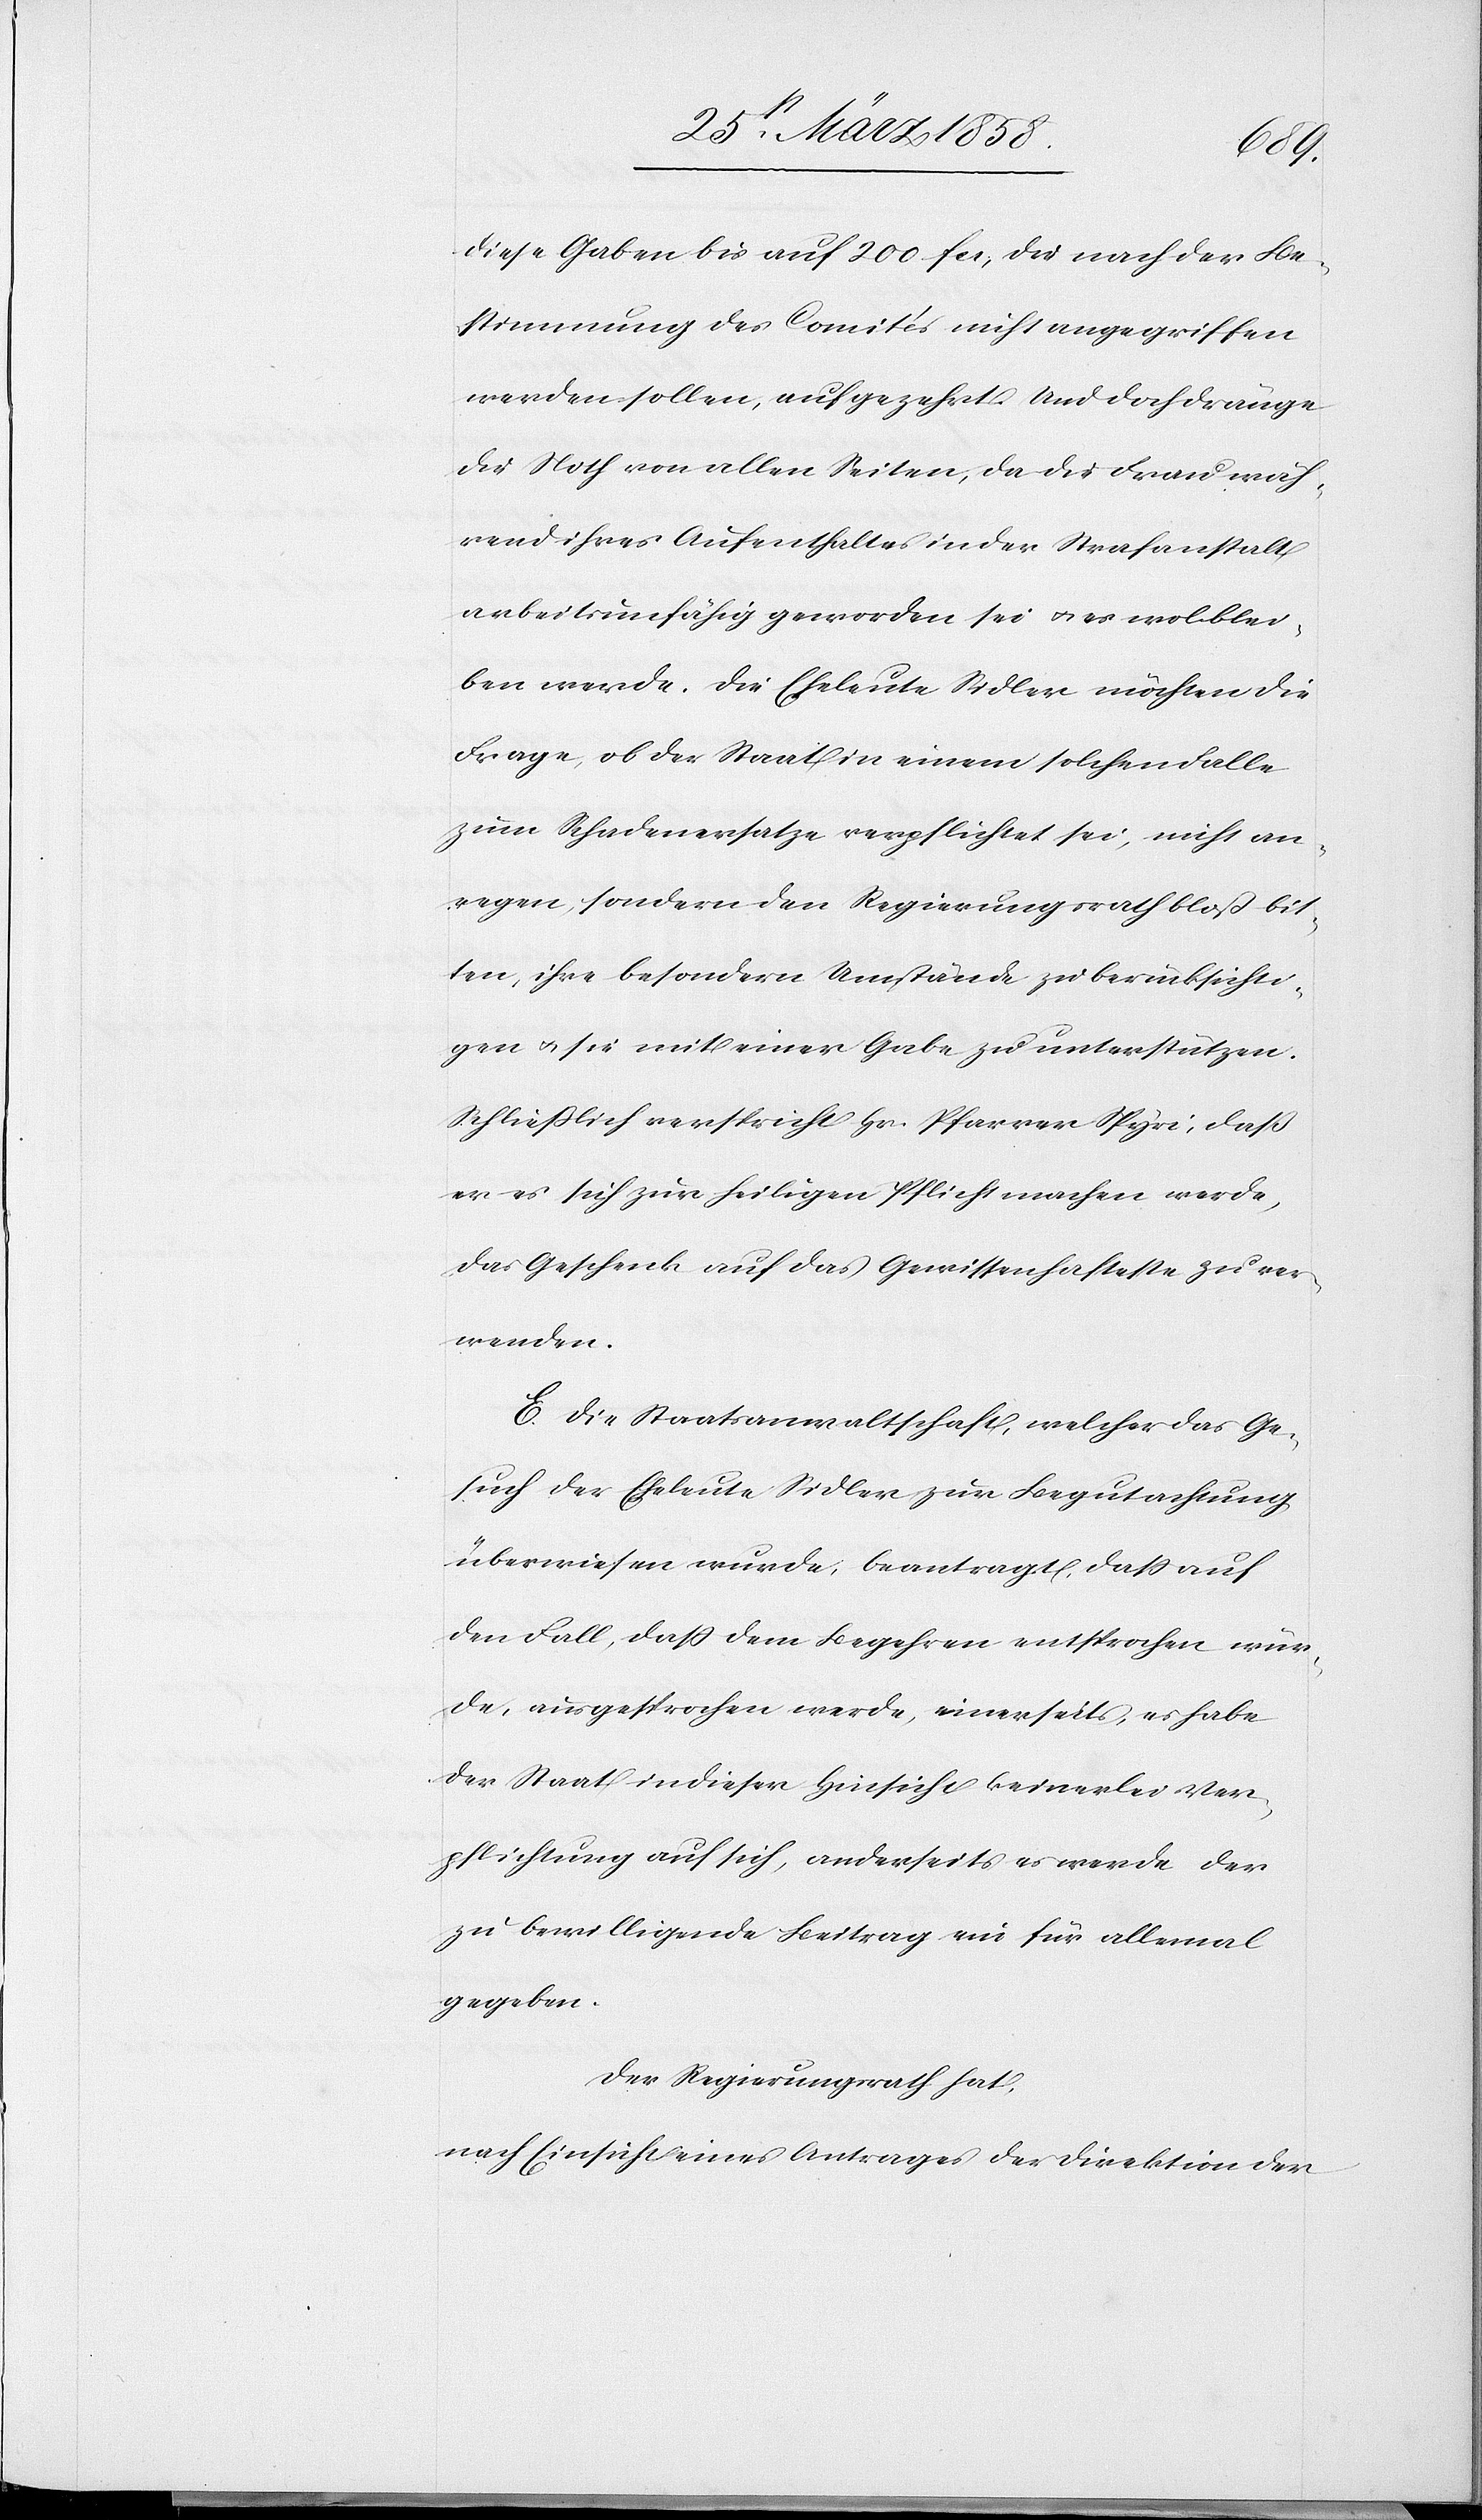
diese Gaben bis auf 200 fcs., die nach der Be¬
stimmung des Comités nicht angegriffen
werden sollen, aufgezehrt. Und doch dränge
die Noth von allen Seiten, da die Frau wäh¬
rend ihres Aufenthaltes in der Strafanstalt
arbeitsunfähig geworden sei u. es wol blei¬
ben werde. Die Eheleute Sidler möchten die
Frage, ob der Staat in einem solchen Falle
zum Schadenersatze verpflichtet sei, nicht an¬
regen, sondern den Regierungsrath bloß bit¬
ten, ihre besondern Umstände zu berücksichti¬
gen u. sie mit einer Gabe zu unterstützen.
Schließlich verspricht Hr. Pfarrer Spyri, daß
er es sich zur heiligen Pflicht machen werde,
das Geschenk auf das Gewissenhafte zu ver¬
wenden.
E. Die Staatsanwaltschaft, welcher das Ge¬
such der Eheleute Sidler zur Begutachtung
überwiesen wurde, beantragt, daß auf
den Fall, daß dem Begehren entsprochen wür¬
de, ausgesprochen werde, einerseits, es habe
der Staat in dieser Hinsicht keinerlei Ver¬
pflichtung auf sich, anderseits es werde der
zu bewilligende Beitrag ein für allemal
gegeben.
Der Regierungsrath hat,
nach Einsicht eines Antrages der Direktion der